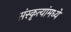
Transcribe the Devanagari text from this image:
संस्कृत्यांमध्ये